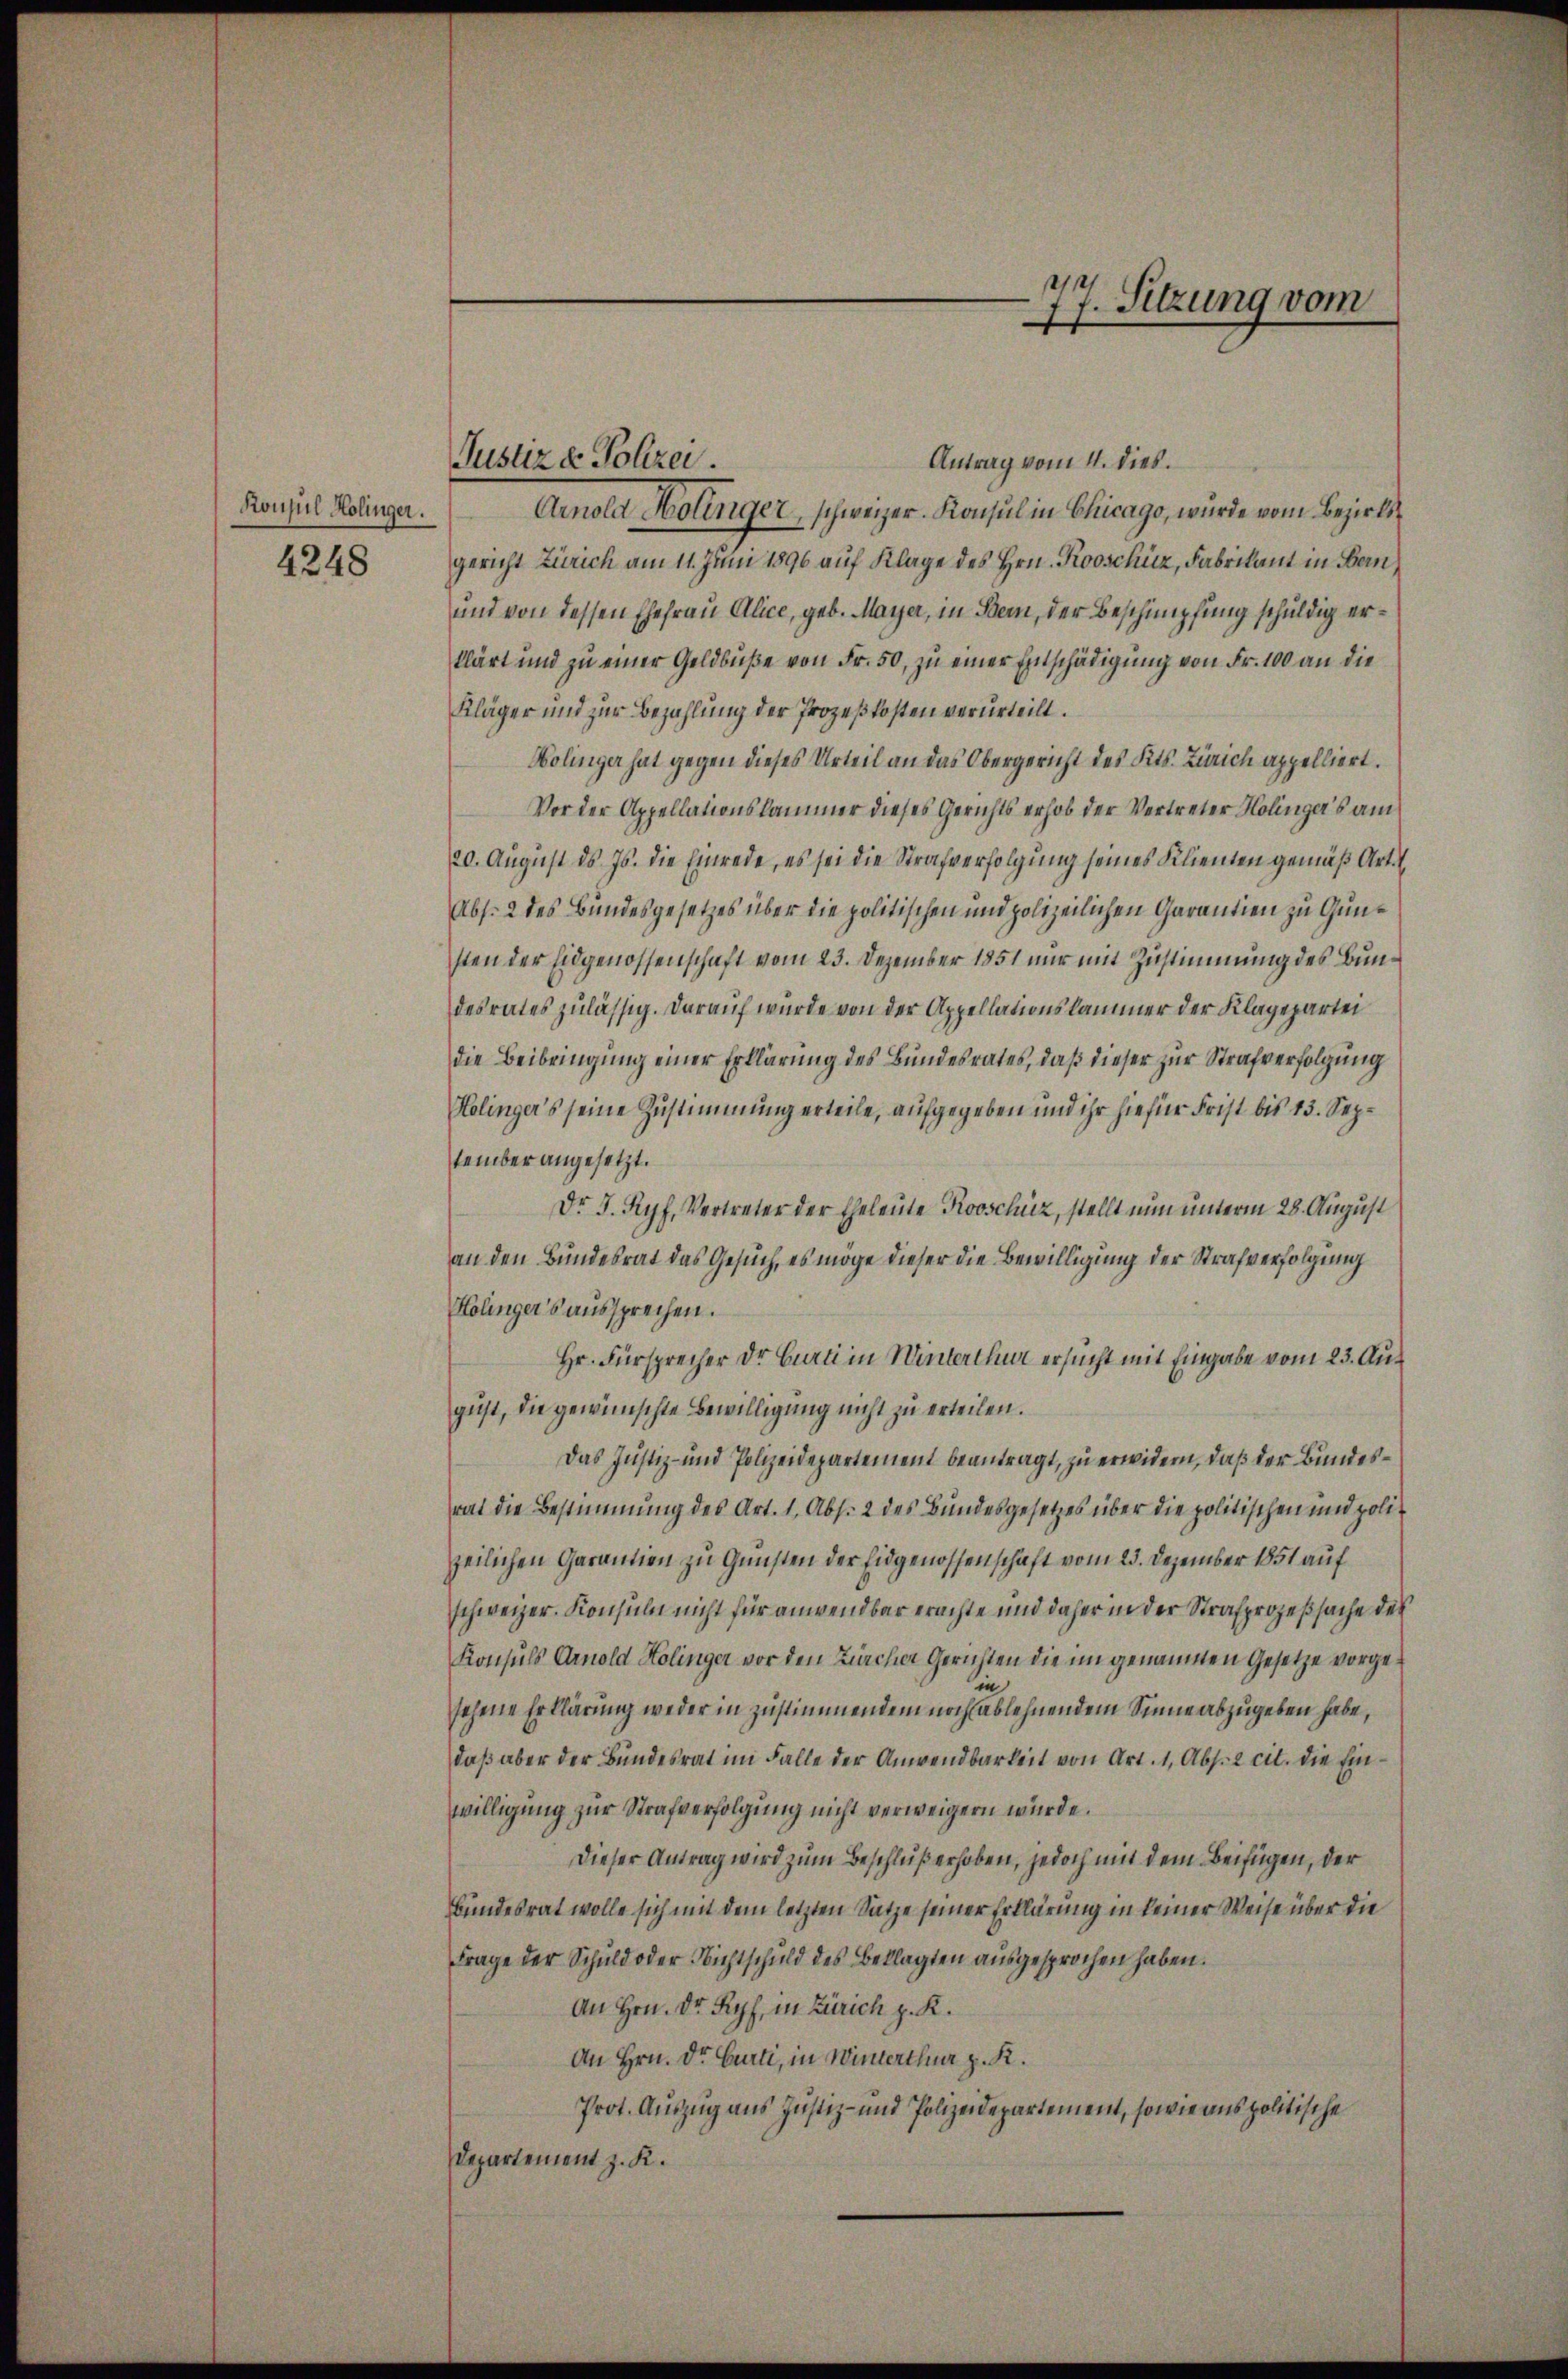
Konsul Kolinger.
4248

Justiz & Polizei.

77. Sitzung vom

Antrag vom 4. dies.
Annola Kolinger, schweizer-Konsul in Chicago, wurde vom Bezirksgericht Zürich am 11. Juni 1896 auf Klage des Hrn. Kooschüz, Fabrikant in Bern
und von dessen Ehefrau Alice, geb. Mayer, in Bern, der Beschimpfung schuldig erklärt und zu einer Geldbuße von Fr. 50, zu einer Entschädigung von Fr. 100 an die
Kläger und zur Bezahlung der Prozeßkosten verurteilt.
Holinger hat gegen dieses Urteil an das Obergericht des Kts. Zürich appelliert.
Vor der Appellationskammer dieses Gerichts erhob der Vertreter Holinger's am
20. August ds Js. die Einrede, es sei die Strafverfolgung seines Klienten gemäß Art.
Abs. 2 des Bundesgesetzes über die politischen und polizeilichen Garantien zu Gunsten der Eidgenossenschaft vom 23. Dezember 1851 nur mit Zustimmung des Bundesrates zulässig. Darauf wurde von der Appellationskammer der Klagepartei
die Beibringung einer Erklärung des Bundesrates, daß dieser zur Strafverfolgung
Holinger's seine Zustimmung erteile, aufgegeben und ihr hiefür Frist bis 13. September angesetzt.
Dr. J. Ryf, Vertreter der Eheleute Kooschüz, stellt nun unterm 28. August
an den Bundesrat das Gesuch, es möge dieser die Bewilligung der Strafverfolgung
Holinger’s aussprechen.
Hr. Fürsprecher Dr Curti in Winterthur ersucht mit Eingabe vom 23. August, die gewünschte Bewilligung nicht zu erteilen.
Das Justiz- und Polizeidepartement beantragt, zu erwidern, daß der Bundesrat die Bestimmung des Art. 1, Abs. 2 des Bundesgesetzes über die politischen und polizeilichen Garantien zu Gunsten der Eidgenossenschaft vom 23. Dezember 1851 auf
schweizer. Konsul nicht für anwendbar erachte und daher in der Strafprozeßsache des
Konsuls Arnold Kolinger vor den Zürcher Gerichten die im genaumen Gesetze vorgesehene Erklärung weder in Zustimmendem noch ablehnendem Sinne abzugeben habe,
daß aber der Bundesrat im Falle der Anwendbarkeit von Art. 1, Abs. 2 cit. die Einwilligung zur Strafverfolgung nicht verweigern würde.
Dieser Antrag wird zum Beschluß erhoben, jedoch mit dem Beifügen, der
Bundesrat wolle sich mit dem letzten Sätze seiner Erklärung in keiner Weise über die
Frage der Schuld oder Nichtschuld des Beklagten ausgesprochen haben.
An Hrn. Dr Ryf, in Zürich z. R.
An Hrn. Dr Curti, in Winterthur z. R.
Prot. Auszug aus Justiz- und Polizeidepartement, sowie aus politische
Departement z. K.